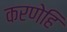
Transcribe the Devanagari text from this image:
करणेहि